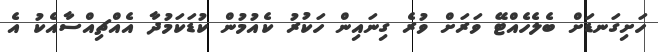
ހަށިގަނޑަށް ބެލެހެއްޓޭ ވަރަށް ވުރެ ގިނައިން ހަކުރު ކެއުމުން ކުޑަކަމުދާ އެއްޗިއްސާއެކު އެ